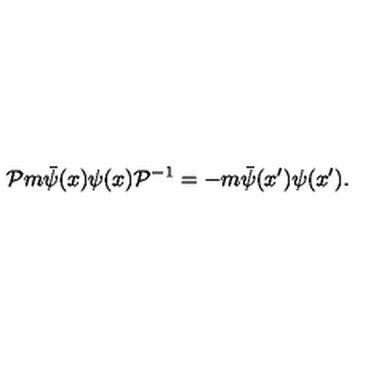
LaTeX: { \cal { P } } m \bar { \psi } ( x ) \psi ( x ) { \cal { P } } ^ { - 1 } = - m \bar { \psi } ( x ^ { \prime } ) \psi ( x ^ { \prime } ) .